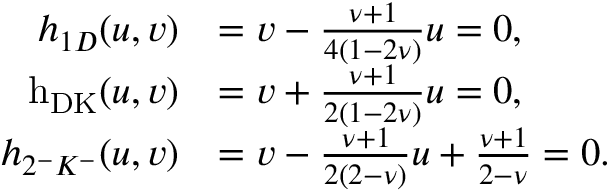
\begin{array} { r l } { h _ { 1 D } ( u , v ) } & { = v - \frac { \nu + 1 } { 4 ( 1 - 2 \nu ) } u = 0 , } \\ { \mathrm { \ensuremath { h _ { D K } } } ( u , v ) } & { = v + \frac { \nu + 1 } { 2 ( 1 - 2 \nu ) } u = 0 , } \\ { h _ { 2 ^ { - } K ^ { - } } ( u , v ) } & { = v - \frac { \nu + 1 } { 2 ( 2 - \nu ) } u + \frac { \nu + 1 } { 2 - \nu } = 0 . } \end{array}